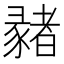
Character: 𢑳